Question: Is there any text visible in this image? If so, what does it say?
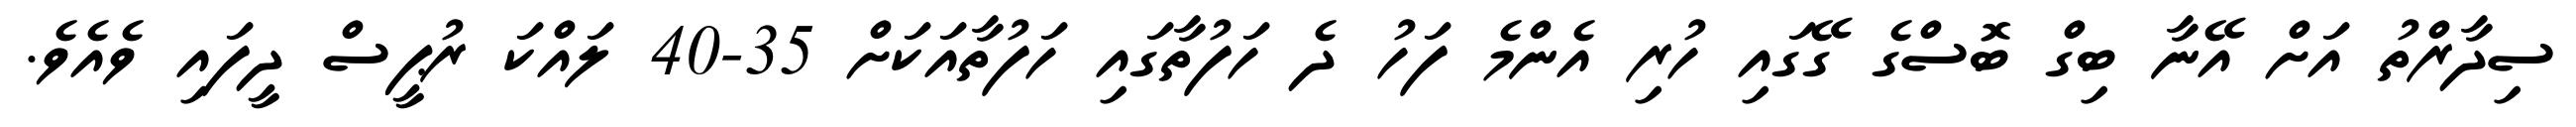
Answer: ސިދާރްތު އަށް އޭނާ ބިގް ބޮސްގެ ގޭގައި ހުރި އެންމެ ފަހު ދެ ހަފުތާގައި ހަފުތާއަކަށް 35-40 ލައްކަ ރުޕީސް ދީފައި ވެއެވެ.